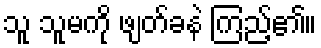
သူ သူမကို ဖျတ်ခနဲ ကြည့်၏။